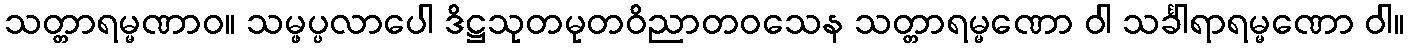
သတ္တာရမ္မဏာဝ။ သမ္ဖပ္ပလာပေါ ဒိဋ္ဌသုတမုတဝိညာတဝသေန သတ္တာရမ္မဏော ဝါ သင်္ခါရာရမ္မဏော ဝါ။